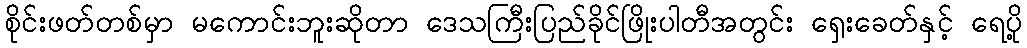
စိုင်းဖတ်တစ်မှာ မကောင်းဘူးဆိုတာ ဒေသကြီးပြည်ခိုင်ဖြိုးပါတီအတွင်း ရှေးခေတ်နှင့် ရေပို့